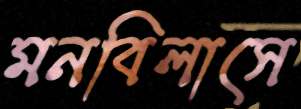
মনবিলাসে